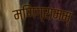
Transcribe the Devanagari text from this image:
मणिग्रामम्